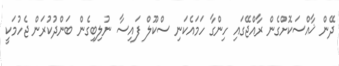
ދޭން ޚާއްސަކޮށްގެން ރާއްޖޭގައި ހިންގާ ހަމައެކަނި ސްކޫލް ފައިސާ ނުލިބިގެން ބަންދުކުރަން ޖެހުމަކީ